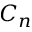
C _ { n }